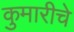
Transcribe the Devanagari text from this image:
कुमारीचे